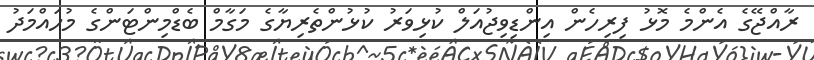
ރާއްޖޭގެ އެންމެ މޮޅު ފިރިހެން އިންޑިވިޖުއަލް ކުޅިވަރު ކުޅުންތެރިޔާގެ މަގާމް ބެޑްމިންޓަންގެ މުހައްމަދު